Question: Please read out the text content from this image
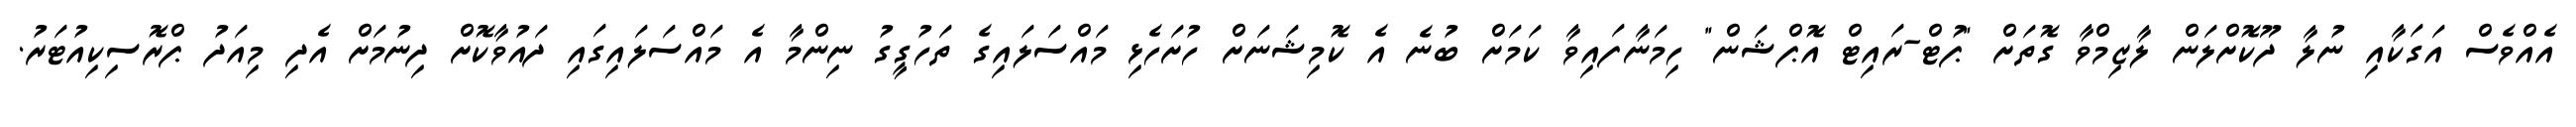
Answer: އެއްވެސް އަގަކާއި ނުލާ ދޫކޮށްލަން ލާޒިމްވާ ގޮތަށް "ޕުޓް-ރައިޓް އޮޕްޝަން" ހިމަނާފައިވާ ކަމަށް ބުނެ އެ ކޮމިޝަނަށް ހުށަހެޅި މައްސަލައިގެ ތަހުގީގު ނިންމާ އެ މައްސަލައިގައި ދައުވާކޮށް ދިނުމަށް އެދި މިއަދު ޕްރޮސިކިއުޓަރު.